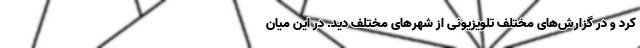
کرد و در گزارش‌های مختلف تلویزیونی از شهرهای مختلف دید. در این میان